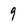
Character: 9